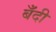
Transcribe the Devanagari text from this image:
बँदी